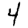
Digit: 4